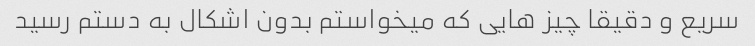
سریع و دقیقا چیز هایی که میخواستم بدون اشکال به دستم رسید